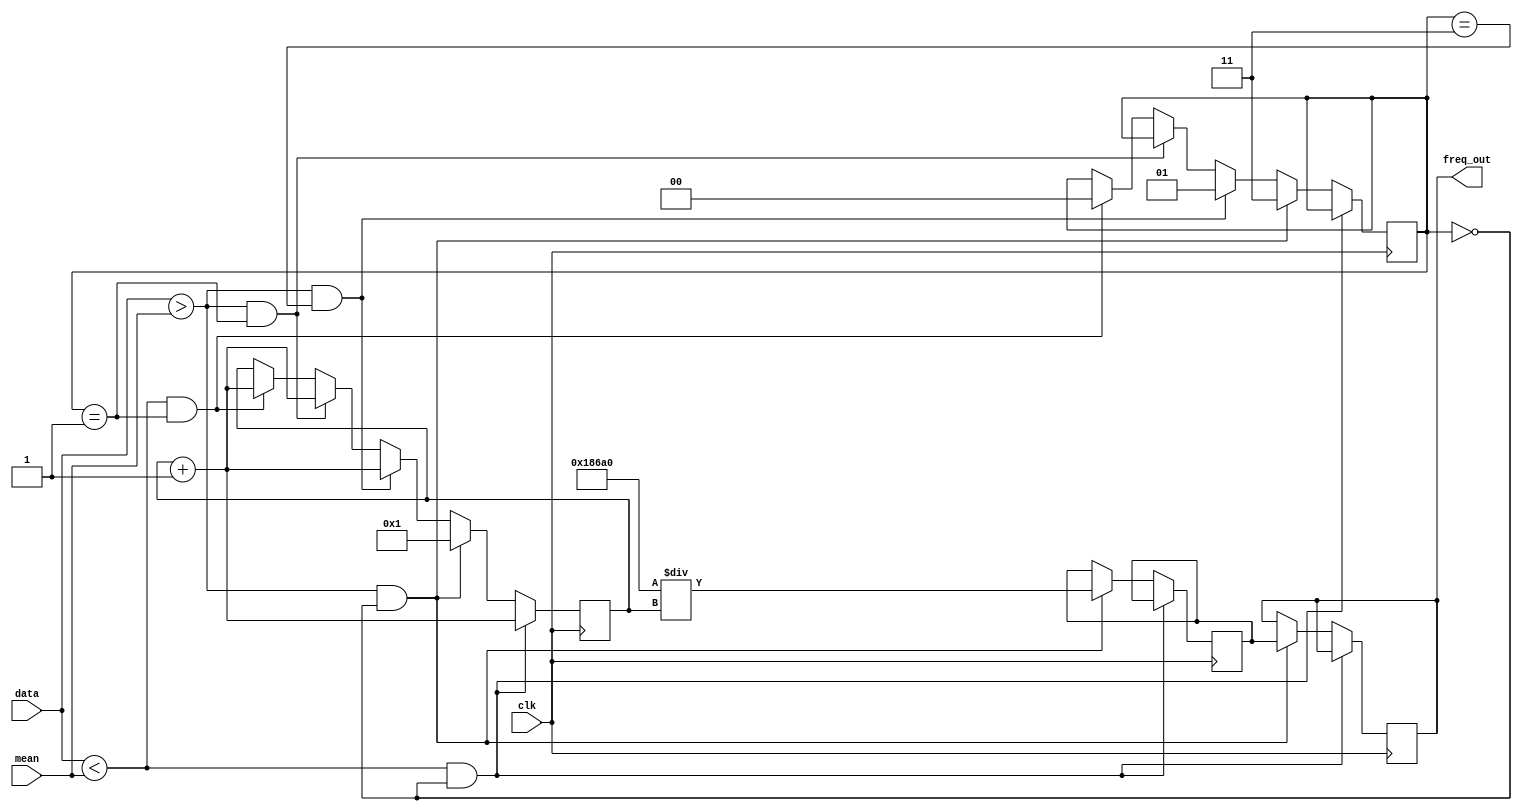
module frequency(clk,data,mean,freq_out);

	input clk;
	input [11:0] mean;
	input [11:0] data;
	output reg [31:0] freq_out;
	reg [1:0] mode;

	integer counter;

	integer freq_int;
	integer freq_const;

	integer counter_clk;
	reg clk_en;

	initial begin
		counter <= 'd0;
		counter_clk <= 'd0;
		mode <= 2'b00;
		freq_out <= 32'b0000000000;
		freq_const <= 'd100000;  // edited t0 50Mhz before 1000000
		freq_int <= 'd0;
	end

/*	always @(posedge clk) begin

		if(counter_clk == 'd499) begin
			counter_clk <= 'd0;
			clk_en = 1;
		end else begin
			counter_clk <= counter_clk + 1;
			clk_en <= 0;
		end

end*/

	always @(posedge clk) begin

		if(data < mean && mode == 2'b00) begin
			counter <= counter + 'd1;
		end else if(data > mean && mode == 2'b00) begin

			freq_int <= freq_const / counter;
			freq_out <= freq_int[31:0]; //
			counter <= 'd1;
			mode <= 2'b11;
		end else if(data > mean && mode == 2'b11) begin
			counter <= counter + 'd1;
			mode <= 2'b01;
		end else if(data > mean && mode == 2'b01) begin
			counter <= counter + 'd1;
		end else if(data < mean && mode == 2'b01) begin
			counter <= counter + 'd1;
			mode <= 2'b00;
		end

	end

endmodule